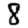
Digit: 8